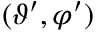
( \vartheta ^ { \prime } , \varphi ^ { \prime } )